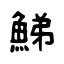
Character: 鮷